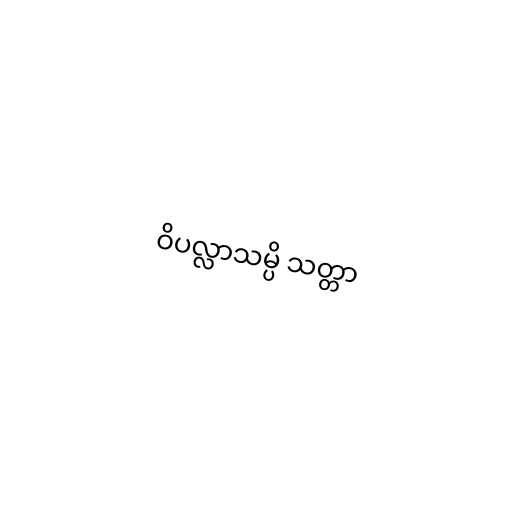
ဝိပလ္လာသမ္ပိ သတ္တာ